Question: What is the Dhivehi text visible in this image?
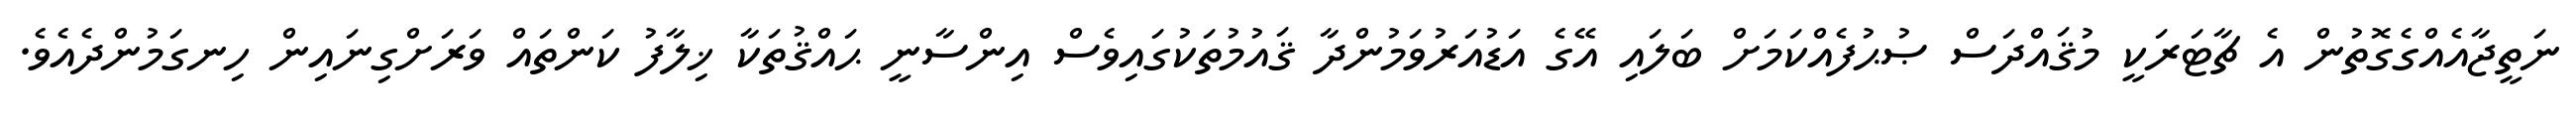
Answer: ނަތީޖާއެއްގެގޮތުން އެ ޗާޓަރަކީ މުޤައްދަސް ޞުޙުފެއްކަމަށް ބަލައި އޭގެ އަޑުއަރުވަމުންދާ ޤައުމުތަކުގައިވެސް އިންސާނީ ޙައްޤުތަކާ ޚިލާފު ކަންތައް ވަރަށްގިނައިން ހިނގަމުންދެއެވެ.